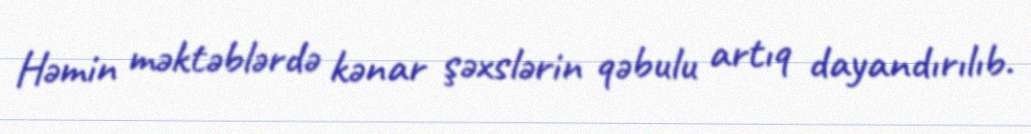
Həmin məktəblərdə kənar şəxslərin qəbulu artıq dayandırılıb.